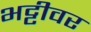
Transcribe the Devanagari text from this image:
भट्टीवर